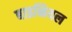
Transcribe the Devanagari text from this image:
बाइनियल